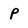
Character: P